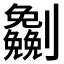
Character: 𰅈